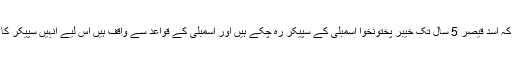
شاہ محمو قریشی نے کہا کہ اسد قیصر 5 سال تک خیبر پختونخوا اسمبلی کے سپیکر رہ چکے ہیں اور اسمبلی کے قواعد سے واقف ہیں اس لیے انہیں سپیکر کا امیدوار نامزد کیا گیا ہے۔